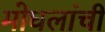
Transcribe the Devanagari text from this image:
मोघलांची